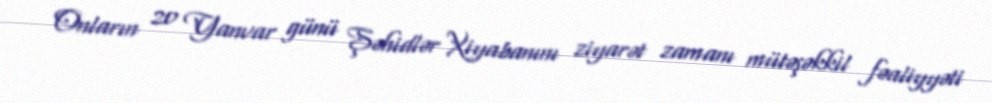
Onların 20 Yanvar günü Şəhidlər Xiyabanını ziyarət zamanı mütəşəkkil fəaliyyəti